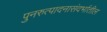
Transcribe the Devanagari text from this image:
पुनरुत्पादनासंदर्भातील